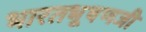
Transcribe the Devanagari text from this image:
भारतभूषणजी